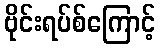
ဗိုင်းရပ်စ်ကြောင့်